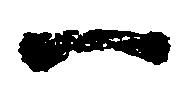
一